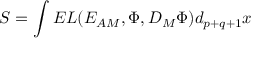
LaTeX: S = \int E L ( { E _ { A M } } , \Phi , { D _ { M } \Phi } ) d _ { p + q + 1 } x